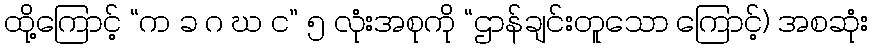
ထို့ကြောင့် “က ခ ဂ ဃ င” ၅ လုံးအစုကို “ဌာန်ချင်းတူသော ကြောင့်) အစဆုံး